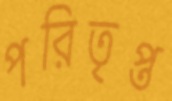
পরিতৃপ্ত